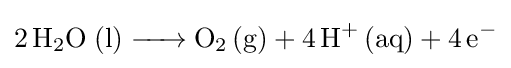
{\ce {2 H2O (l) -> O2 (g) + 4H+ (aq) + 4 e^-}}